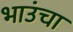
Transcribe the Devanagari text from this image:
भाउंचा